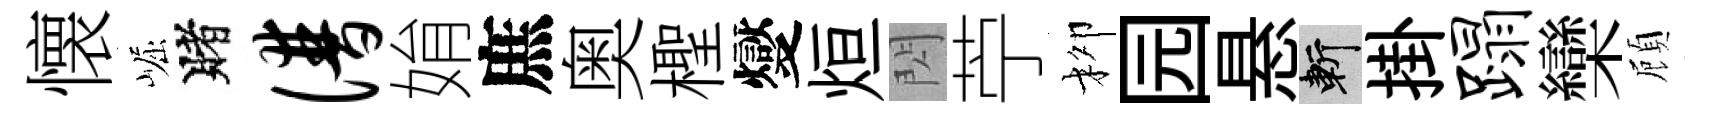
懐崛賭谱姢庶奥檉燮烜閃苧柳园悬斬掛蹋欒頋